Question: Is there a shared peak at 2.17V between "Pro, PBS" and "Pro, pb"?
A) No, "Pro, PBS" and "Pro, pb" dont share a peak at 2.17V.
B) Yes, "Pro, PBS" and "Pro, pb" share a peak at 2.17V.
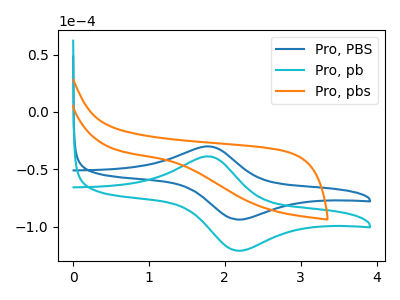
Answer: <think>The blue curve "Pro, PBS" has an anodic peak at (1.80V, -30.05uA) and a cathodic peak at (2.15V, -93.80uA). The cyan curve "Pro, pb" has an anodic peak at (1.80V, -38.75uA) and a cathodic peak at (2.15V, -121.00uA). The orange curve "Pro, pbs" has no peaks.</think>
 <answer>B) Yes, "Pro, PBS" and "Pro, pb" share a peak at 2.17V.</answer>
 <eval>B</eval>